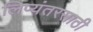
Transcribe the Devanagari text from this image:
लिप्यंतरसाठी